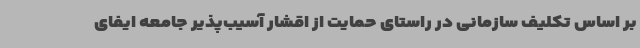
بر اساس تکلیف سازمانی در راستای حمایت از اقشار آسیب‌پذیر جامعه ایفای